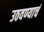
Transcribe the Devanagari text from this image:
उठवण्याचं